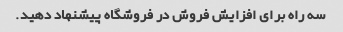
سه راه برای افزایش فروش در فروشگاه پیشنهاد دهید.